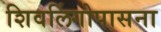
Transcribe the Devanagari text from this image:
शिवलिंगोपासना